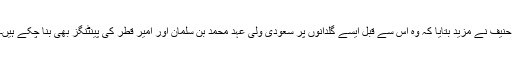
حنیف نے مزید بتایا کہ وہ اس سے قبل ایسے گُلدانوں پر سعودی ولی عہد محمد بن سلمان اور امیر قطر کی پینٹنگز بھی بنا چکے ہیں۔